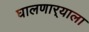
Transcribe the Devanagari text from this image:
घालणार्‍याला